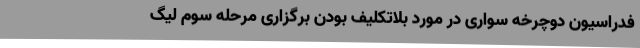
فدراسیون دوچرخه سواری در مورد بلاتکلیف بودن برگزاری مرحله سوم لیگ